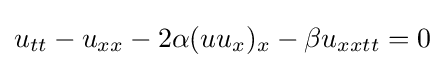
\displaystyle u_{tt}-u_{xx}-2\alpha (uu_{x})_{x}-\beta u_{xxtt}=0